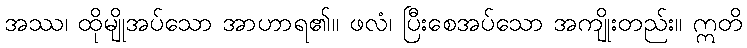
အဿ၊ ထိုမျိုအပ်သော အာဟာရ၏။ ဖလံ၊ ပြီးစေအပ်သော အကျိုးတည်း။ ဣတိ